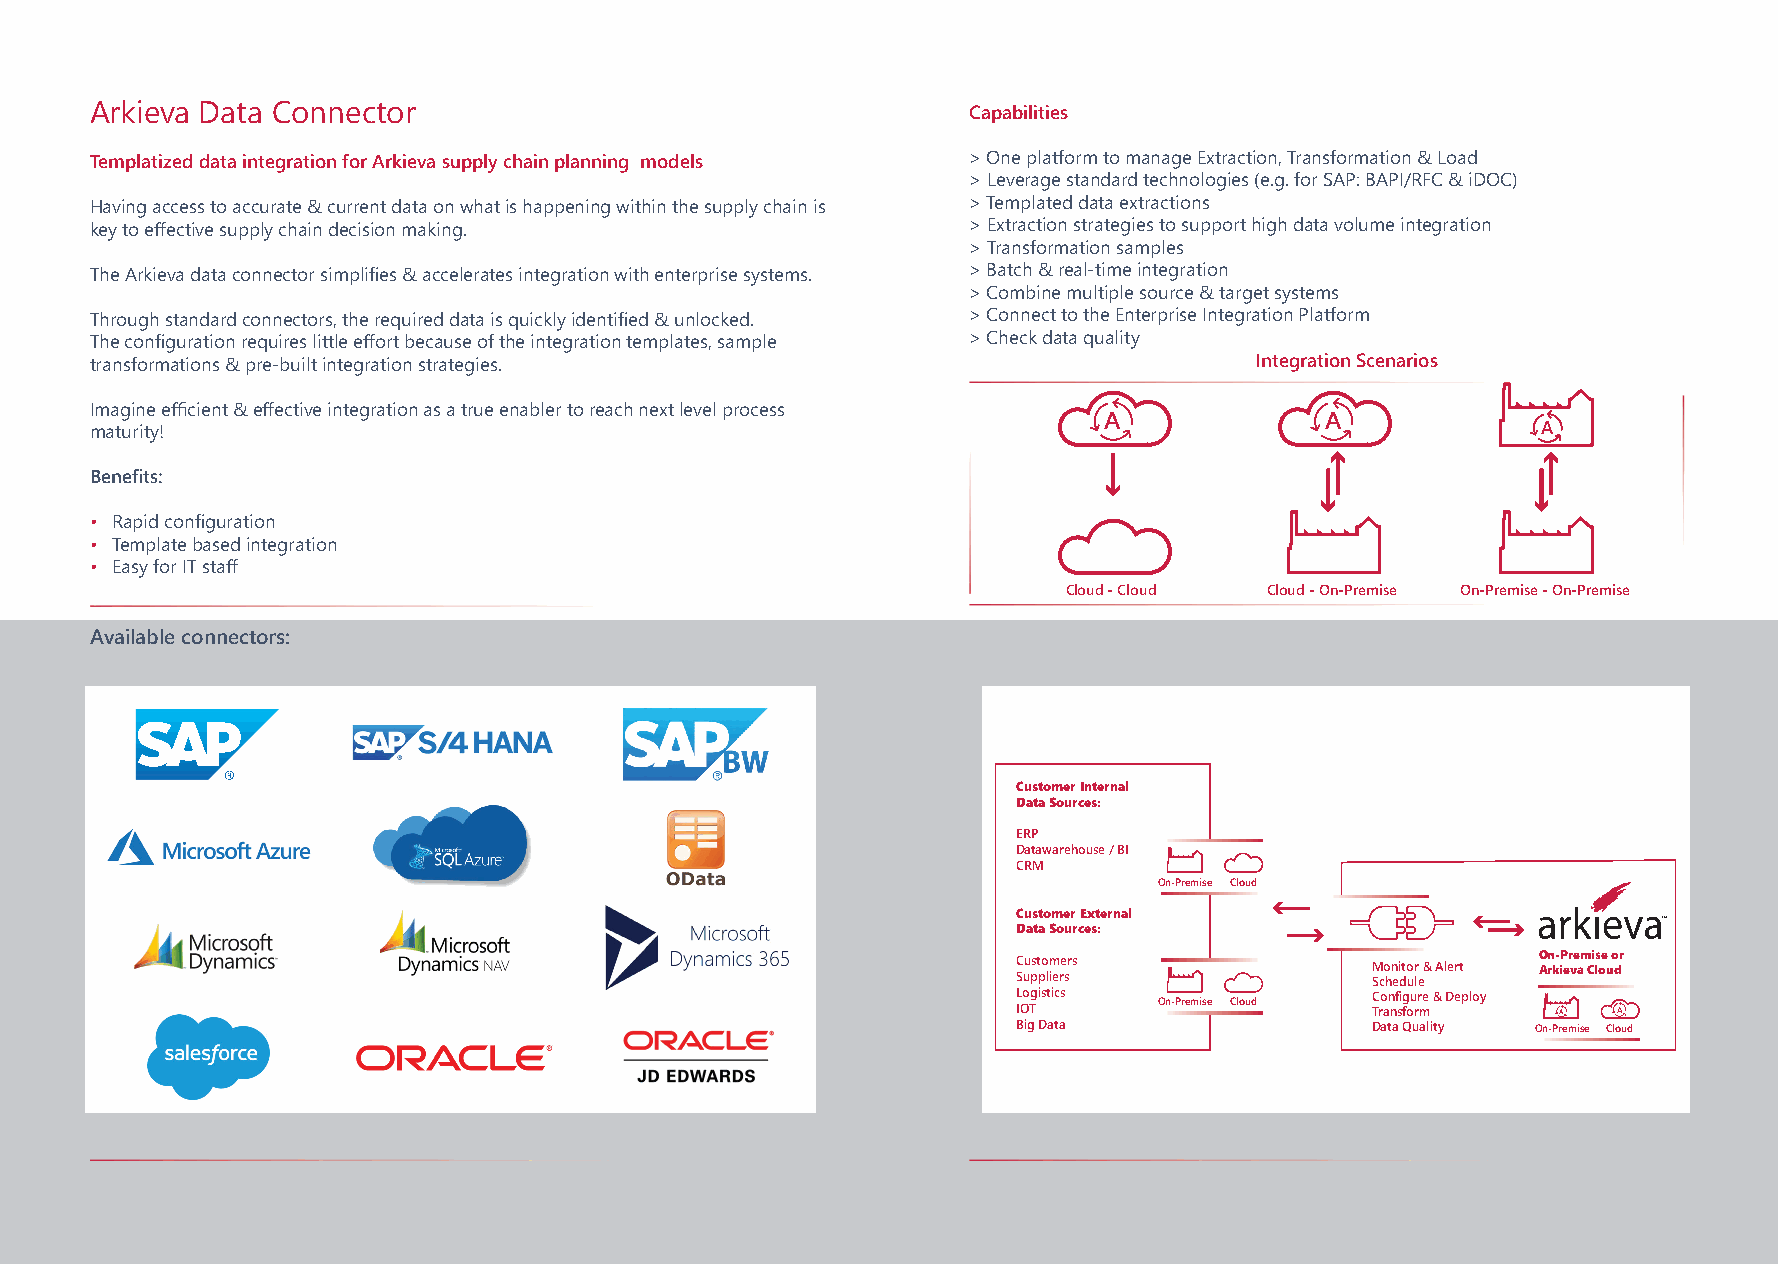
Arkieva Data Connector                                    Capabilities
 Templatized data integration for Arkieva supply chain planning models >One platform to manage Extraction, Transformation & Load
 >Leverage standard technologies (e.g. for SAP: BAPI/RFC & iDOC)
 Having access to accurate & current data on what is happening within the supply chain is >Templated data extractions
 key to effective supply chain decision making.            >Extraction strategies to support high data volume integration
 >Transformation samples
 The Arkieva data connector simplifies & accelerates integration with enterprise systems. >Batch & real-time integration
 >Combine multiple source & target systems
 Through standard connectors, the required data is quickly identified & unlocked. >Connect to the Enterprise Integration Platform
 The configuration requires little effort because of the integration templates, sample >Check data quality
 transformations & pre-built integration strategies.                          Integration Scenarios
 Imagine efficient & effective integration as a true enabler to reach next level process
 A              A
 maturity!                                                                                       A
 Benefits:
 • Rapid configuration
 • Template based integration
 • Easy for IT staff
 Cloud - Cloud Cloud - On-Premise On-Premise - On-Premise
 Available connectors:
 Customer Internal
 Data Sources:
 ERP
 Datawarehouse / BI
 CRM
 On-Premise Cloud
 Customer External
 Data Sources:
 On-Premise or
 Customers               Monitor & Alert Arkieva Cloud
 Suppliers               Schedule
 L IOo Tgistics On-Premise Cloud C Tro an nf si fg ou rr me & Deploy
 A   A
 Big Data                Data Quality On-Premise Cloud